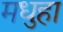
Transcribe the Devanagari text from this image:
मधुहा